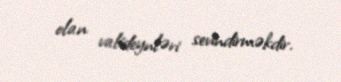
olan valideynləri sevindirməkdir.